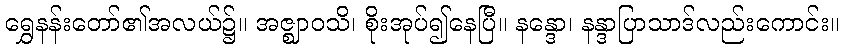
ရွှေနန်းတော်၏အလယ်၌။ အဇ္ဈာဝသိ၊ စိုးအုပ်၍နေပြီ။ နန္ဒော၊ နန္ဒာပြာသာဒ်လည်းကောင်း။